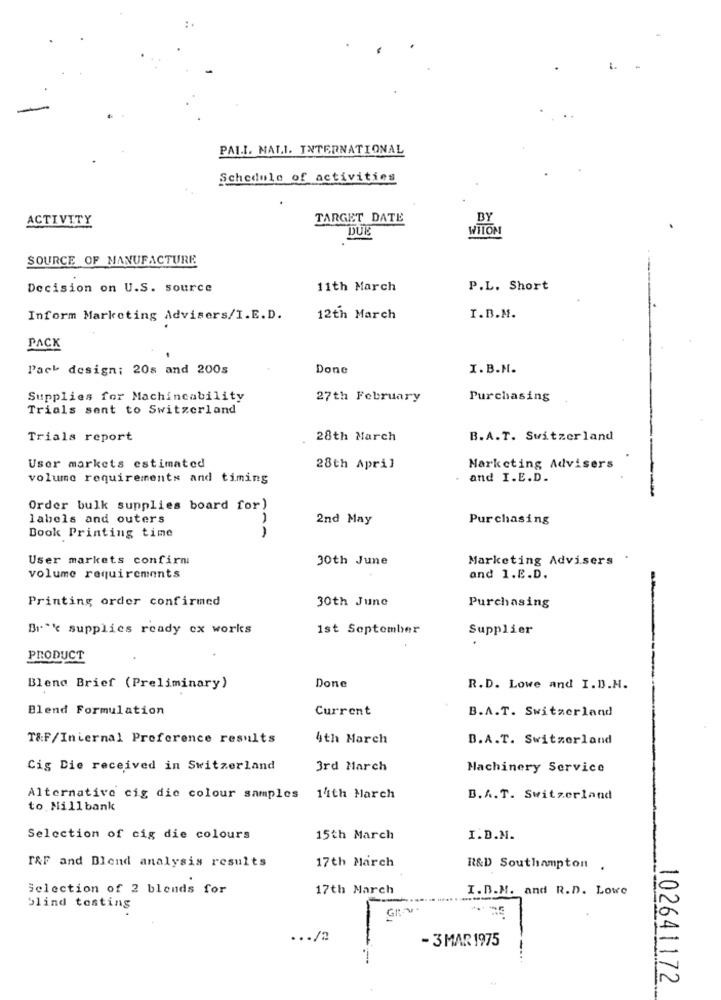
PALL MALL. INTERNATIONAL
Schedule of activities
TARGET DATE
BY
ACTIVITY
DUB
WIION
SOURCE OF MANUFACTURE
Decision on U.S. source
11th March
P.L. Short
Inform Marketing Advisers/I.E.D.
12th March
I.B.M.
PACK
Pack design; 20s and 200s
Done
I.B.M.
Supplies for Machincability
27th February
Purchasing
Trials sent to Switzerland
Trials report
28th March
B.A.T. Switzerland
User markets estimated
28th April
Marketing Advisers
volume requirements and timing
and I.E.D.
Order bulk supplies board for)
labels and outers
2nd May
Purchasing
Book Printing time
User markets confirm
30th June
Marketing Advisers .
volume requirements
and 1.E.D.
Printing order confirmed
30th June
Purchasing
Bre supplies ready ex works
1st September
Supplier
PRODUCT
Done
Blend Brief (Preliminary)
R.D. Lowe and I.D.H.
Blend Formulation
Current
B.A.T. Switzerland
T&F/Internal Preference results
4th March
B.A.T. Switzerland
Cig Die received in Switzerland
3rd March
Machinery Service
Alternative cig die colour samples
14th March
B.A.T. Switzerland
to Millbank
Selection of cig die colours
15th March
I.D.M.
r&F and Blend analysis results
17th March
R&D Southampton .
Selection of 2 blends for
17th March
I.D.M. and R.D. Lowe
blind testing
... /2
- 3 MAR 1975
-
102641172